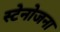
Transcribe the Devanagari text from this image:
स्टेनोजना